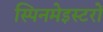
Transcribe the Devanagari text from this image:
स्पिनमेइस्टरों